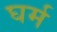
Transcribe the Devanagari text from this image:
घर्म